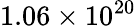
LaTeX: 1.06\times 10^{20}